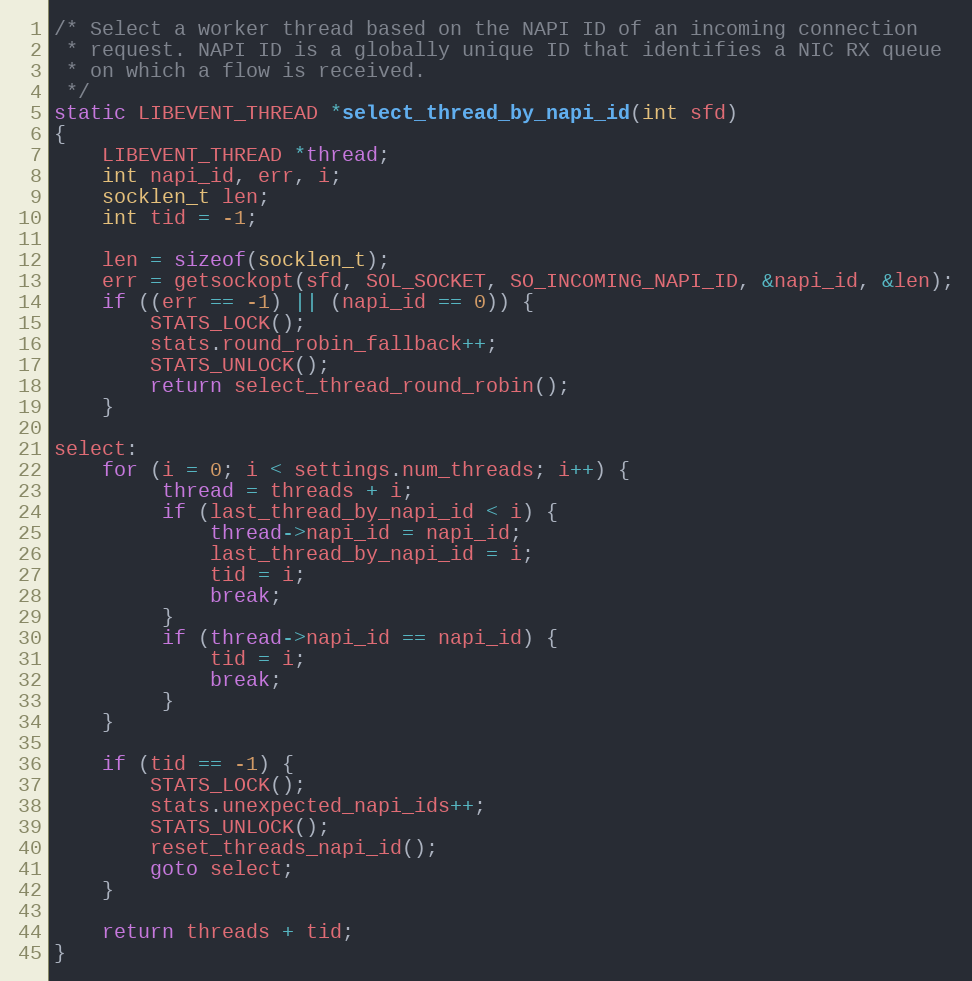
Language: C
/* Select a worker thread based on the NAPI ID of an incoming connection
 * request. NAPI ID is a globally unique ID that identifies a NIC RX queue
 * on which a flow is received.
 */
static LIBEVENT_THREAD *select_thread_by_napi_id(int sfd)
{
    LIBEVENT_THREAD *thread;
    int napi_id, err, i;
    socklen_t len;
    int tid = -1;

    len = sizeof(socklen_t);
    err = getsockopt(sfd, SOL_SOCKET, SO_INCOMING_NAPI_ID, &napi_id, &len);
    if ((err == -1) || (napi_id == 0)) {
        STATS_LOCK();
        stats.round_robin_fallback++;
        STATS_UNLOCK();
        return select_thread_round_robin();
    }

select:
    for (i = 0; i < settings.num_threads; i++) {
         thread = threads + i;
         if (last_thread_by_napi_id < i) {
             thread->napi_id = napi_id;
             last_thread_by_napi_id = i;
             tid = i;
             break;
         }
         if (thread->napi_id == napi_id) {
             tid = i;
             break;
         }
    }

    if (tid == -1) {
        STATS_LOCK();
        stats.unexpected_napi_ids++;
        STATS_UNLOCK();
        reset_threads_napi_id();
        goto select;
    }

    return threads + tid;
}